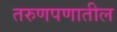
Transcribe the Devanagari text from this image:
तरुणपणातील